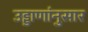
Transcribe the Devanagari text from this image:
उड्डाणांनुसार